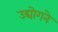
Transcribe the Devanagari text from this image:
उद्योगने